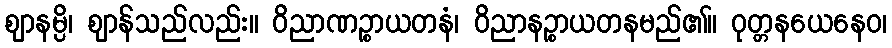
ဈာနမ္ပိ၊ ဈာန်သည်လည်း။ ဝိညာဏဉ္စာယတနံ၊ ဝိညာနဉ္စာယတနမည်၏။ ဝုတ္တနယေနေဝ၊